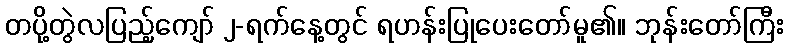
တပို့တွဲလပြည့်ကျော် ၂-ရက်နေ့တွင် ရဟန်းပြုပေးတော်မူ၏။ ဘုန်းတော်ကြီး